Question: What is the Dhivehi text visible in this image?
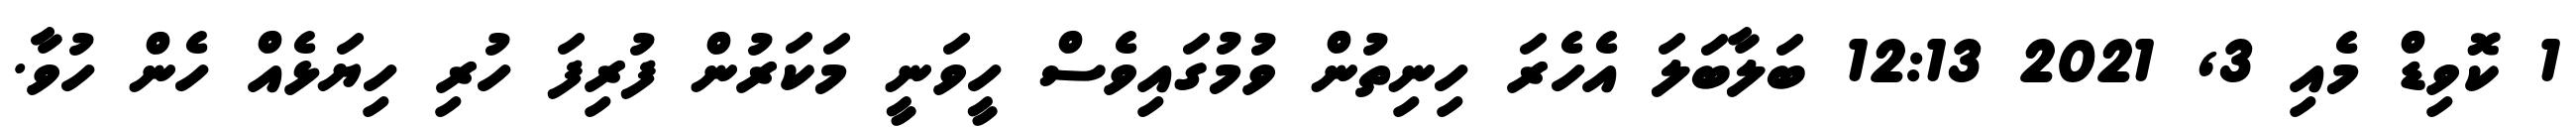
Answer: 1 ކޮވިޑް މެއި 3, 2021 12:13 ބަލާބަލަ އެހެރަ ހިނިތުން ވުމުގައިވެސް ހީވަނީ މަކަރުން ފުރިފަ ހުރި ހިޔަޅެއް ހެން ހުވާ.